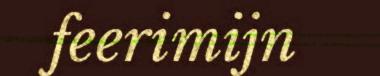
feerimijn